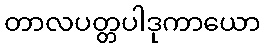
တာလပတ္တပါဒုကာယော